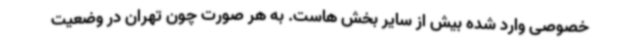
خصوصی وارد شده بیش از سایر بخش هاست. به هر صورت چون تهران در وضعیت